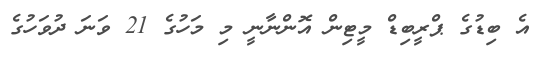
އެ ބިޑުގެ ޕްރީބިޑް މީޓިން އޮންނާނީ މި މަހުގެ 21 ވަނަ ދުވަހުގެ